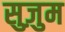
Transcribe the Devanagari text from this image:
सुज़ुम